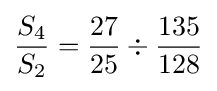
{S_{4} \over S_{2}}={{27 \over 25}\div {135 \over 128}}